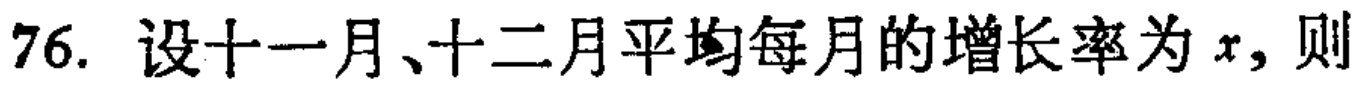
76. 设十一月、十二月平均每月的增长率为 \(x\)，则